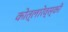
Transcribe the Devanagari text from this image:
कोत्लारेव्स्की